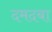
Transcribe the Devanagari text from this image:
दमदबा